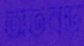
অতবড়